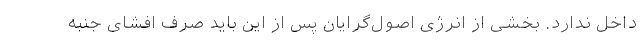
داخل ندارد. بخشی از انرژی اصول‌گرایان پس از این باید صرف افشای جنبه